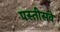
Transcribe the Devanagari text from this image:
पस्तीसवे